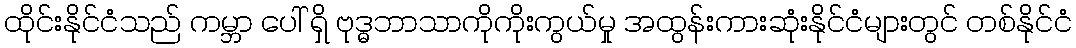
ထိုင်းနိုင်ငံသည် ကမ္ဘာ ပေါ် ရှိ ဗုဒ္ဓဘာသာကိုကိုးကွယ်မှု အထွန်းကားဆုံးနိုင်ငံများတွင် တစ်နိုင်ငံ